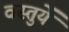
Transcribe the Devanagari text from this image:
वस्‍तुयें